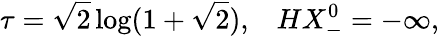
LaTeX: \tau=\sqrt{2}\log(1+\sqrt{2}),\; \; \; HX_{-}^{0}=-\infty,